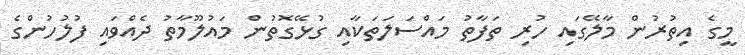
މީގެ އިތުރުން މާލޭގައި ހުރި ތަފާތު މައްސަލަތަކާއި ގުޅޭގޮތުން މައުލޫމާތު ދެއްވައި ފުލުހުންގެ